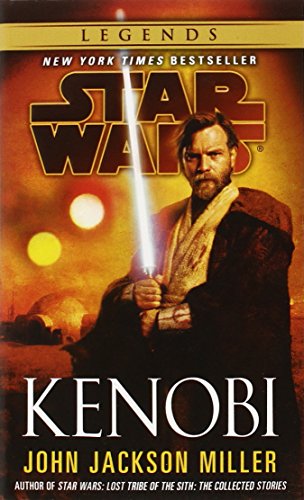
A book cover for Kenobi: Star Wars (Star Wars - Legends); John Jackson Miller; Science Fiction & Fantasy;